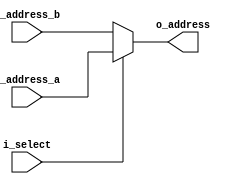
/**
 * 4-bit multiplexer
 */

module mux_2x4 (
    input [3:0] i_address_a, // option 1 execution mode
    input [3:0] i_address_b, // option 0 program mode
    input i_select, // select signal
    output [3:0] o_address // selected result
);

    assign o_address = i_select ? i_address_a : i_address_b;

endmodule